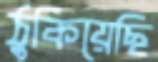
ঠুকিয়েছি